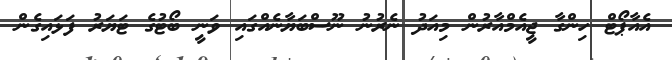
އެއާޕޯޓް ހިންގާ ޖީއެމްއާރުން މިއަދު ނެރުނު ނޫސްބަޔާނެއްގައި ވަނީ ބޯޓުގެ ޓަޔަރު ފަޅައިގެން